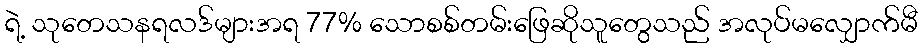
ရဲ့ သုတေသနရလဒ်များအရ 77% သောစစ်တမ်းဖြေဆိုသူတွေသည် အလုပ်မလျှောက်မီ